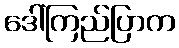
ဒေါ်ကြည်ပြာက